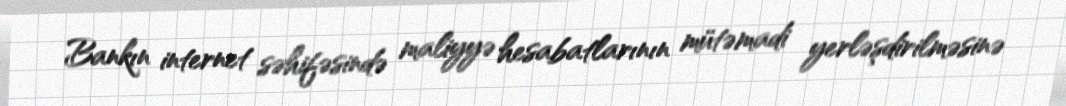
Bankın internet səhifəsində maliyyə hesabatlarının mütəmadi yerləşdirilməsinə